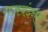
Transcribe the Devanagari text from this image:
गजवंदनम्